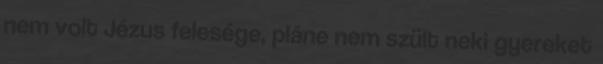
nem volt Jézus felesége, pláne nem szült neki gyereket